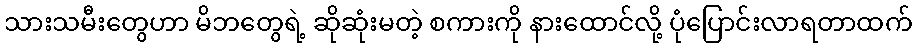
သားသမီးတွေဟာ မိဘတွေရဲ့ ဆိုဆုံးမတဲ့ စကားကို နားထောင်လို့ ပုံပြောင်းလာရတာထက်